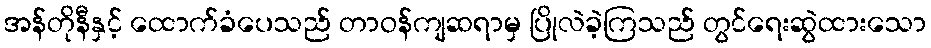
အန်တိုနီနှင့် ထောက်ခံပေသည် တာဝန်ကျဆရာမှ ပြိုလဲခဲ့ကြသည် တွင်ရေးဆွဲထားသော